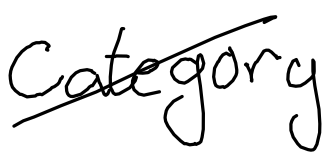
Text: category
Cross-out: diagonal
Writing tool: digital_black